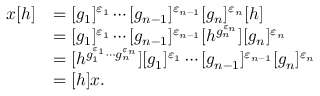
\begin{array} { r l } { x [ h ] } & { = [ g _ { 1 } ] ^ { \varepsilon _ { 1 } } \cdots [ g _ { n - 1 } ] ^ { \varepsilon _ { n - 1 } } [ g _ { n } ] ^ { \varepsilon _ { n } } [ h ] } \\ & { = [ g _ { 1 } ] ^ { \varepsilon _ { 1 } } \cdots [ g _ { n - 1 } ] ^ { \varepsilon _ { n - 1 } } [ h ^ { g _ { n } ^ { \varepsilon _ { n } } } ] [ g _ { n } ] ^ { \varepsilon _ { n } } } \\ & { = [ h ^ { g _ { 1 } ^ { \varepsilon _ { 1 } } \cdots g _ { n } ^ { \varepsilon _ { n } } } ] [ g _ { 1 } ] ^ { \varepsilon _ { 1 } } \cdots [ g _ { n - 1 } ] ^ { \varepsilon _ { n - 1 } } [ g _ { n } ] ^ { \varepsilon _ { n } } } \\ & { = [ h ] x . } \end{array}